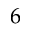
6 \AA